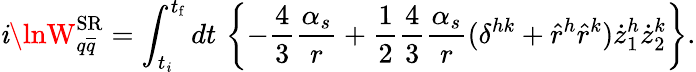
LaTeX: \mathit{i}\lnW_{q\overline{{{{q}}}}}^{\mathrm{{SR}}}=\int_{t_{\mathrm{{\mathit{i}}}}}^{t_{\mathrm{{f}}}}dt\, \left\{ -\frac{{4}}{{3}}\frac{{\alpha_{s}}}{{r}}+\frac{{1}}{{2}}\frac{{4}}{{3}}\frac{{\alpha_{s}}}{{r}}(\delta^{hk}+\hat{{r}}^{h}\hat{{r}}^{k})\dot{{z}}_{1}^{h}\dot{{z}}_{2}^{k}\right\} .